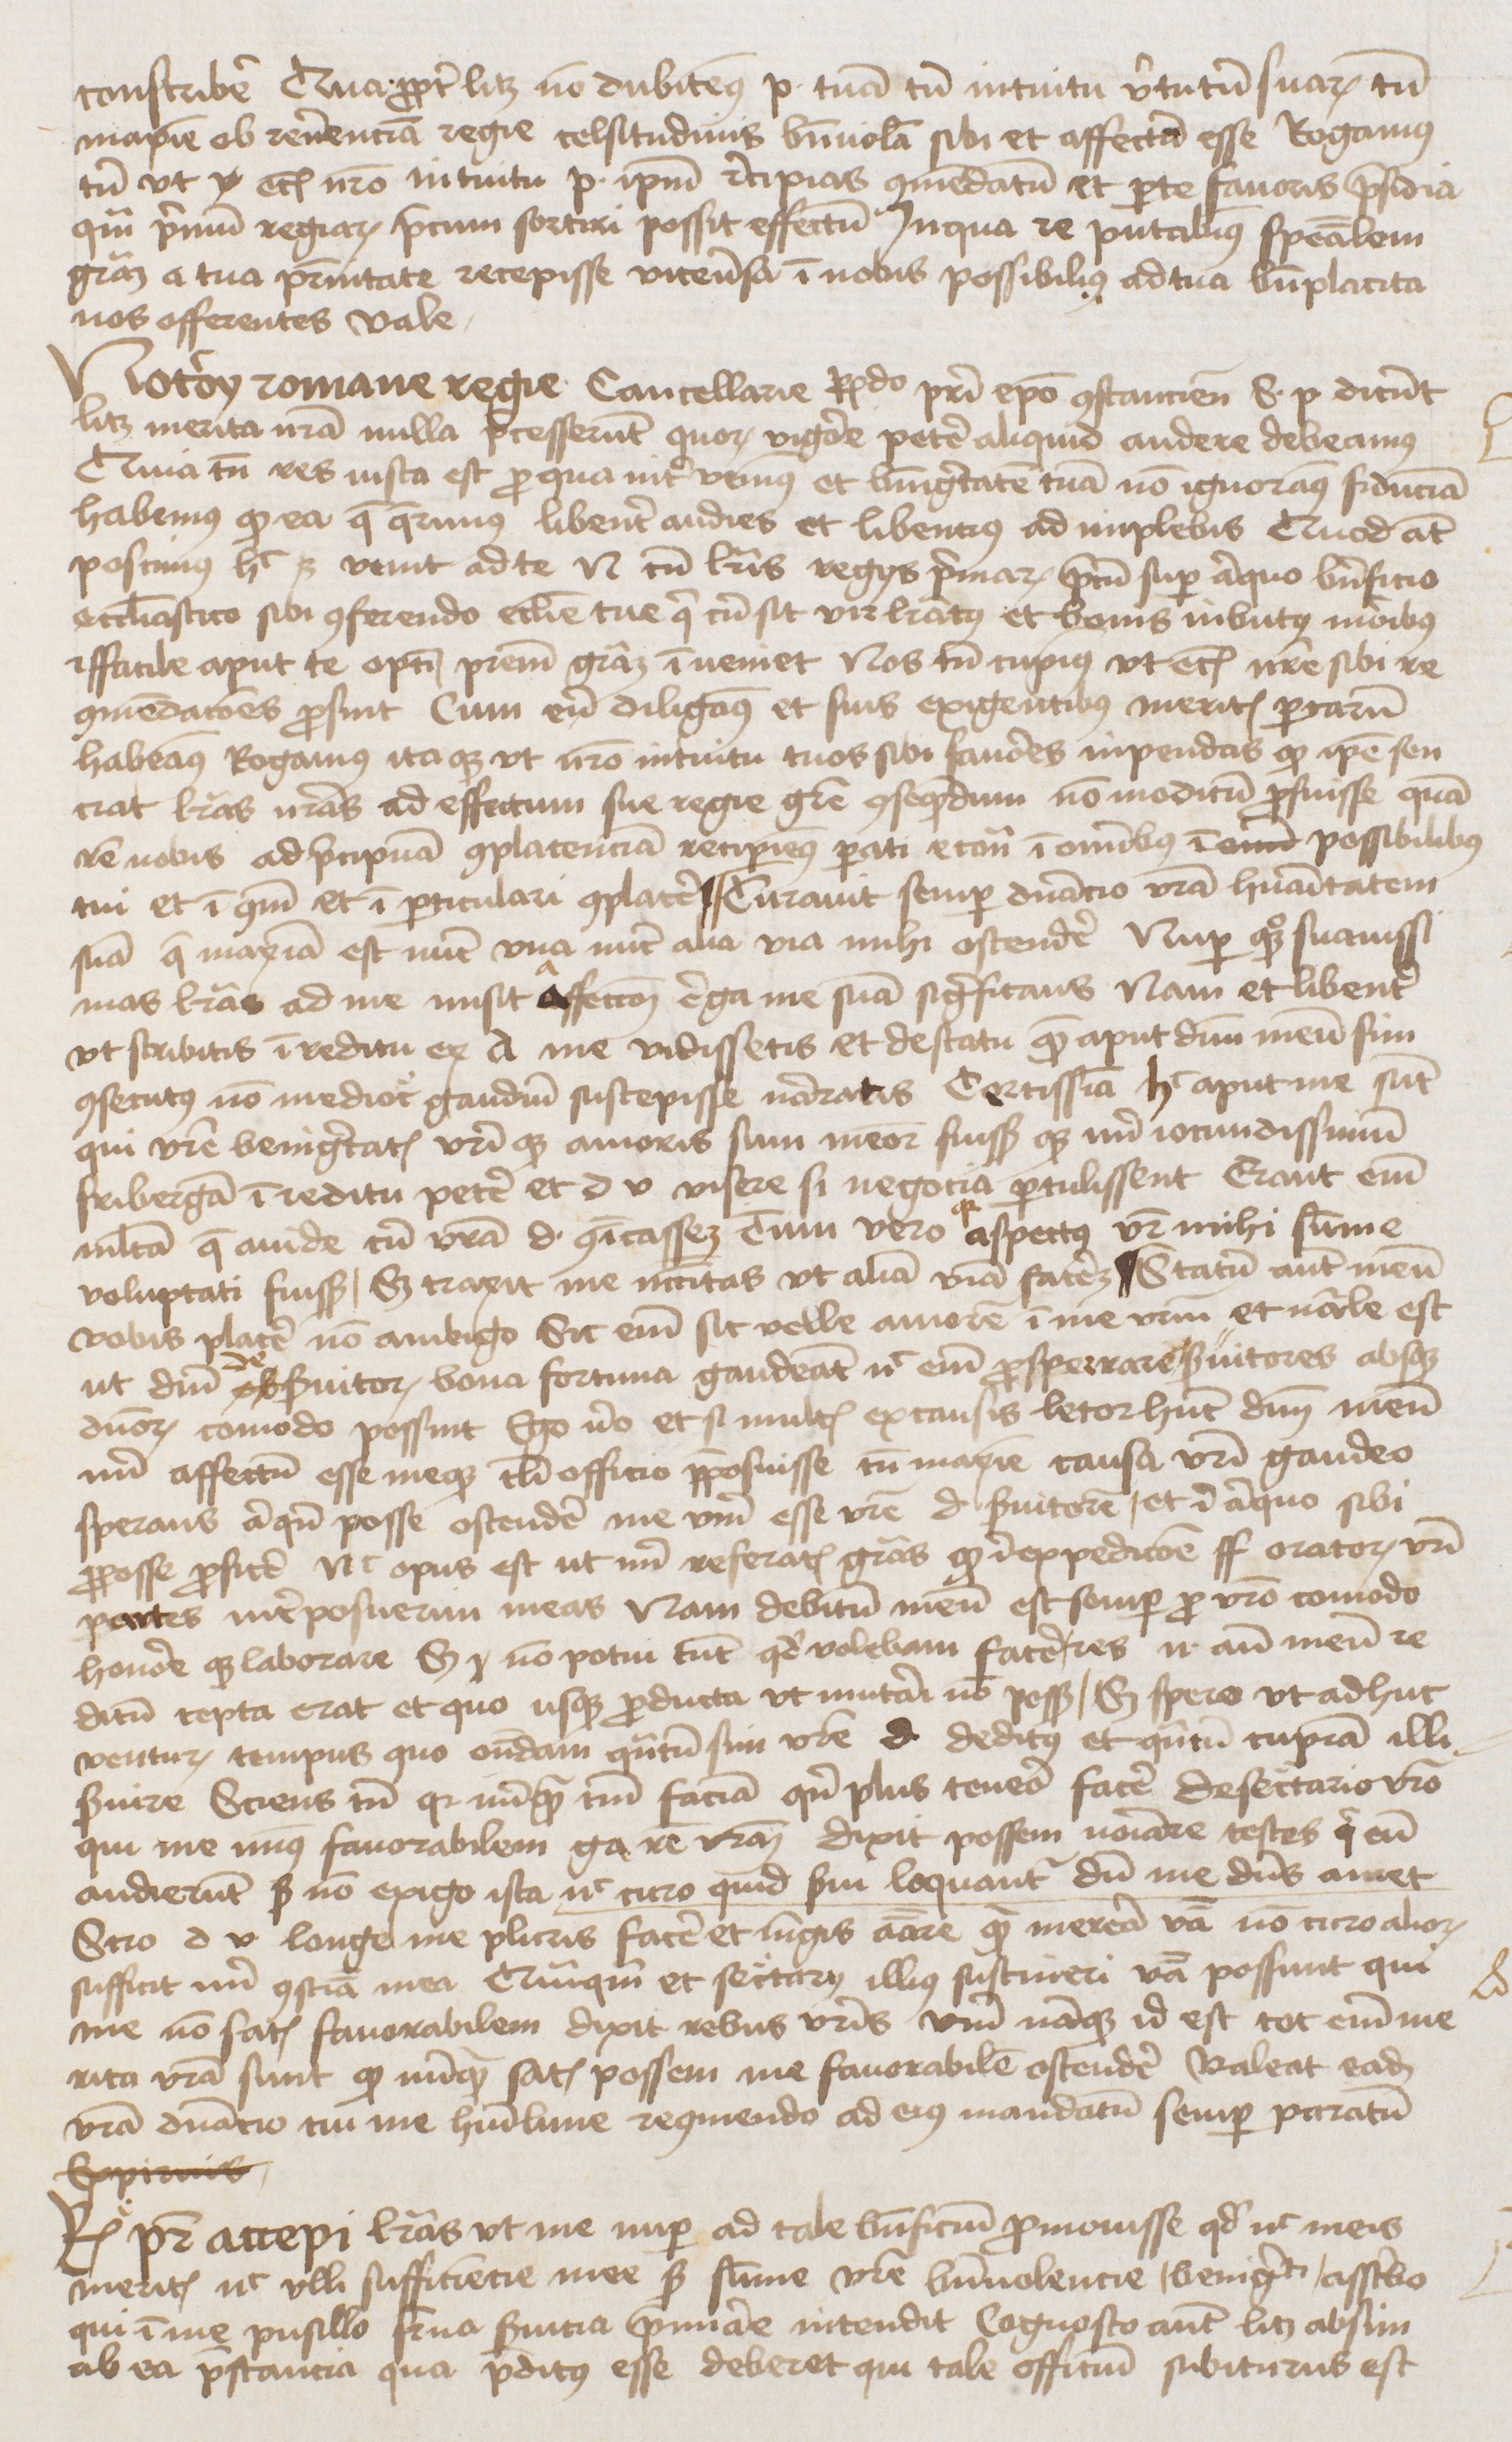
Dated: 1470–1472